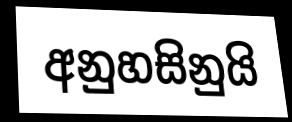
අනුහසිනුයි